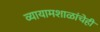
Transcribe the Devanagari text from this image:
व्यायामशाळांचेही